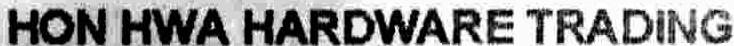
HON HWA HARDWARE TRADING